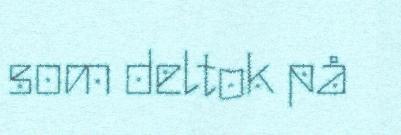
som deltok på